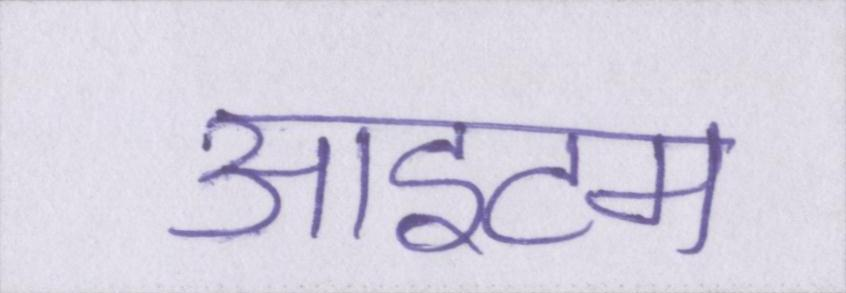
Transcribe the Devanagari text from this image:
आइटम